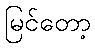
မြင်တော့